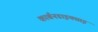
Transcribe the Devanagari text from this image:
कार्बनडाइक्साइ